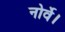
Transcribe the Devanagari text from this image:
नोर्वे।